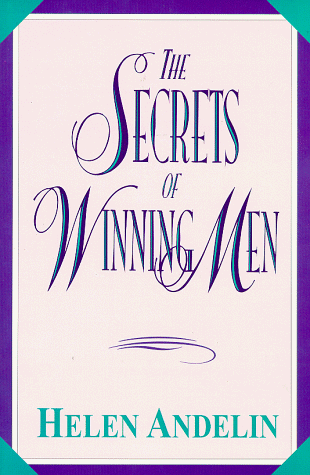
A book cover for The Secrets of Winning Men; Helen Andelin; Health, Fitness & Dieting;